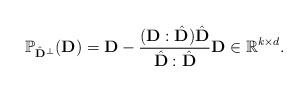
LaTeX: \begin{align*}\mathbb{P}_{\hat{\mathbf{D}}^{\perp}}(\mathbf{D}) = \mathbf{D} - \frac{(\mathbf{D} : \hat{\mathbf{D}}) \hat{\mathbf{D}}}{\hat{\mathbf{D}} : \hat{\mathbf{D}}} \mathbf{D} \in \mathbb{R}^{k \times d}. \end{align*}